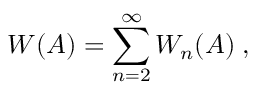
W ( A ) = \sum _ { n = 2 } ^ { \infty } W _ { n } ( A ) \; ,